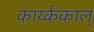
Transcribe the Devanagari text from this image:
कार्य्ककाल्